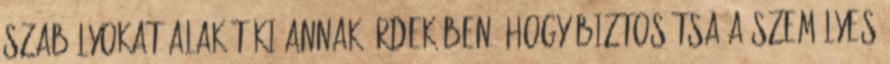
szabályokat alakít ki annak érdekében, hogy biztosítsa a személyes